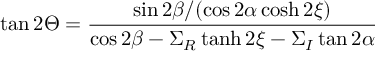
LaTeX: \tan 2 \Theta = \frac { \sin 2 \beta / ( \cos 2 \alpha \cosh 2 \xi ) } { \cos 2 \beta - \Sigma _ { R } \operatorname { t a n h } 2 \xi - \Sigma _ { I } \tan 2 \alpha }